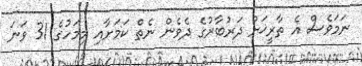
ނަމަވެސް އެ ތާރީޚަށް ދަރުބާރުގެ ދެވެން ނެތް ކަމަށާއި މިމަހުގެ 31 ވަނަ